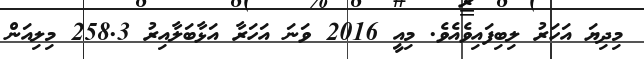
މިދިޔަ އަހަރު ލިބިފައިވެއެވެ. މިއީ 2016 ވަނަ އަހަރާ އަޅާބަލާއިރު 258.3 މިލިއަން